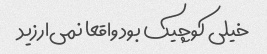
خیلی کوچیک بود واقعا نمی‌ارزید